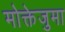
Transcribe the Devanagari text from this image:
मोक्तेजुमा